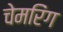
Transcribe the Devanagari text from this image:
चेमरिंग